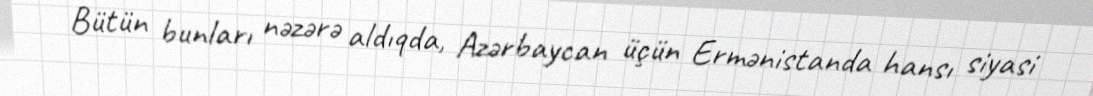
Bütün bunları nəzərə aldıqda, Azərbaycan üçün Ermənistanda hansı siyasi